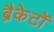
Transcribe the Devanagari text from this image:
ब्रैकेटों